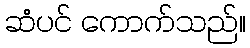
ဆံပင် ကောက်သည်။